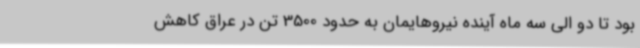
بود تا دو الی سه ماه آینده نیروهایمان به حدود 3500 تن در عراق کاهش